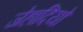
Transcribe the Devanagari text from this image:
जेहादियो